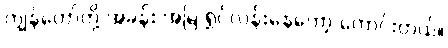
ကျွန်တော်တို့ အခန်း အမြဲ ရွှင်လန်းနေတော့ ကောင်းတယ်။